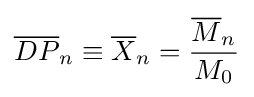
{\overline {DP}}_{n}\equiv {\overline {X}}_{n}={\frac {{\overline {M}}_{n}}{M_{0}}}